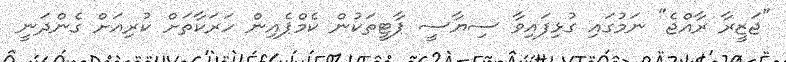
"ޖަޒީރާ ރާއްޖެ" ނަމުގައި ގުޅިފައިވާ ސިޔާސީ ޕާޓީތަކުން ކެމްޕެއިން ހަރަކާތަށް ކުރިއަށް ގެންދަނީ